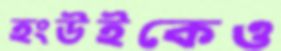
হংউইকেও